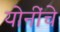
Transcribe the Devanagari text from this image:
योनींचे